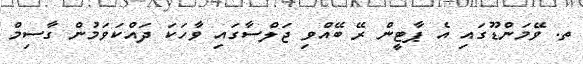
ތ. ވޭމަންޑޫގައި އެ ޕާޓީން ރޭ ބޭއްވި ޖަލްސާގައި ވާހަކަ ދައްކަވަމުން ގާސިމް